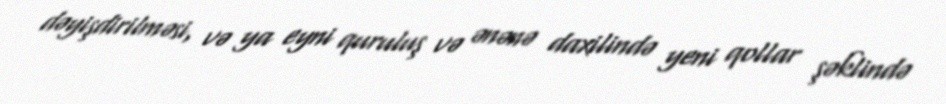
dəyişdirilməsi, və ya eyni quruluş və ənənə daxilində yeni qollar şəklində